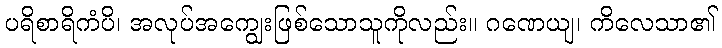
ပရိစာရိကံပိ၊ အလုပ်အကျွေးဖြစ်သောသူကိုလည်း။ ဂဏေယျ၊ ကိလေသာ၏